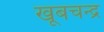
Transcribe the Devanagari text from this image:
खूबचन्द्र